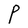
Character: P